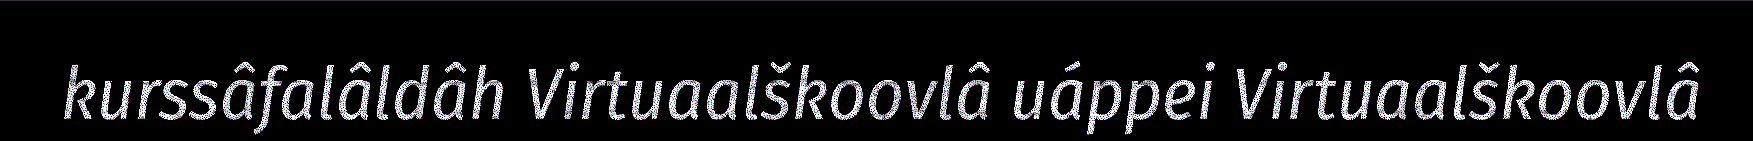
kurssâfalâldâh Virtuaalškoovlâ uáppei Virtuaalškoovlâ